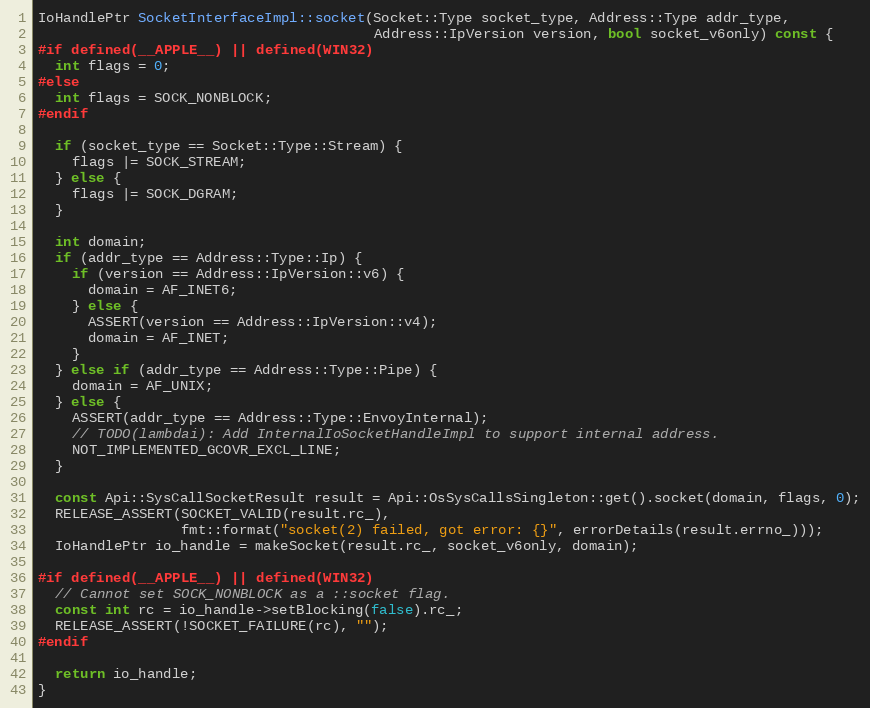
Language: C++
IoHandlePtr SocketInterfaceImpl::socket(Socket::Type socket_type, Address::Type addr_type,
                                        Address::IpVersion version, bool socket_v6only) const {
#if defined(__APPLE__) || defined(WIN32)
  int flags = 0;
#else
  int flags = SOCK_NONBLOCK;
#endif

  if (socket_type == Socket::Type::Stream) {
    flags |= SOCK_STREAM;
  } else {
    flags |= SOCK_DGRAM;
  }

  int domain;
  if (addr_type == Address::Type::Ip) {
    if (version == Address::IpVersion::v6) {
      domain = AF_INET6;
    } else {
      ASSERT(version == Address::IpVersion::v4);
      domain = AF_INET;
    }
  } else if (addr_type == Address::Type::Pipe) {
    domain = AF_UNIX;
  } else {
    ASSERT(addr_type == Address::Type::EnvoyInternal);
    // TODO(lambdai): Add InternalIoSocketHandleImpl to support internal address.
    NOT_IMPLEMENTED_GCOVR_EXCL_LINE;
  }

  const Api::SysCallSocketResult result = Api::OsSysCallsSingleton::get().socket(domain, flags, 0);
  RELEASE_ASSERT(SOCKET_VALID(result.rc_),
                 fmt::format("socket(2) failed, got error: {}", errorDetails(result.errno_)));
  IoHandlePtr io_handle = makeSocket(result.rc_, socket_v6only, domain);

#if defined(__APPLE__) || defined(WIN32)
  // Cannot set SOCK_NONBLOCK as a ::socket flag.
  const int rc = io_handle->setBlocking(false).rc_;
  RELEASE_ASSERT(!SOCKET_FAILURE(rc), "");
#endif

  return io_handle;
}